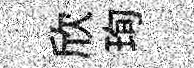
欣珣